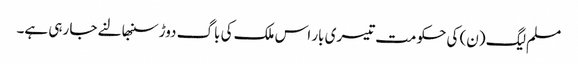
مسلم لیگ (ن) کی حکومت تیسری بار اس ملک کی باگ دوڑ سنبھالنے جا رہی ہے۔